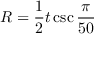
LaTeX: R = { \frac { 1 } { 2 } } t \csc { \frac { \pi } { 5 0 } }